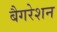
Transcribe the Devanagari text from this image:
बैगरेशन